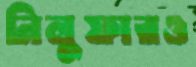
নিলুফারও